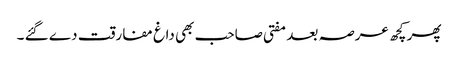
پھر کچھ عرصہ بعد مفتی صاحب بھی داغ مفارقت دے گئے ۔